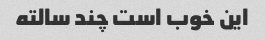
این خوب است چند سالته